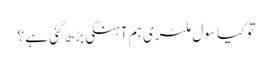
تو کیا سول ملٹری ہم آہنگی بڑھ گئی ہے ؟